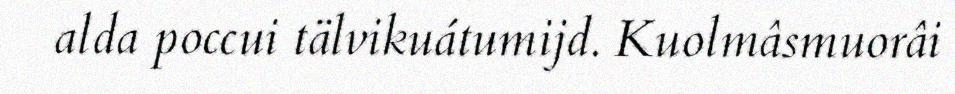
alda poccui tälvikuátumijd. Kuolmâsmuorâi